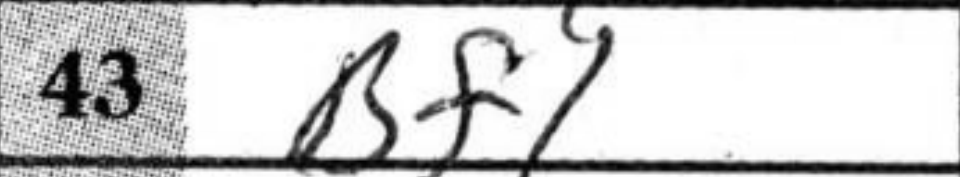
Transcription: Bf1